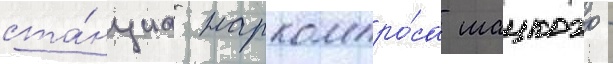
ста́нциа наркомпро́са шацкого -